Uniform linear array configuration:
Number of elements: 4
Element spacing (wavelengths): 0.75
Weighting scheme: cosine
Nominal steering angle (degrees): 0
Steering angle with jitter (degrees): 0.2587
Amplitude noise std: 0.05
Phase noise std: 0.05

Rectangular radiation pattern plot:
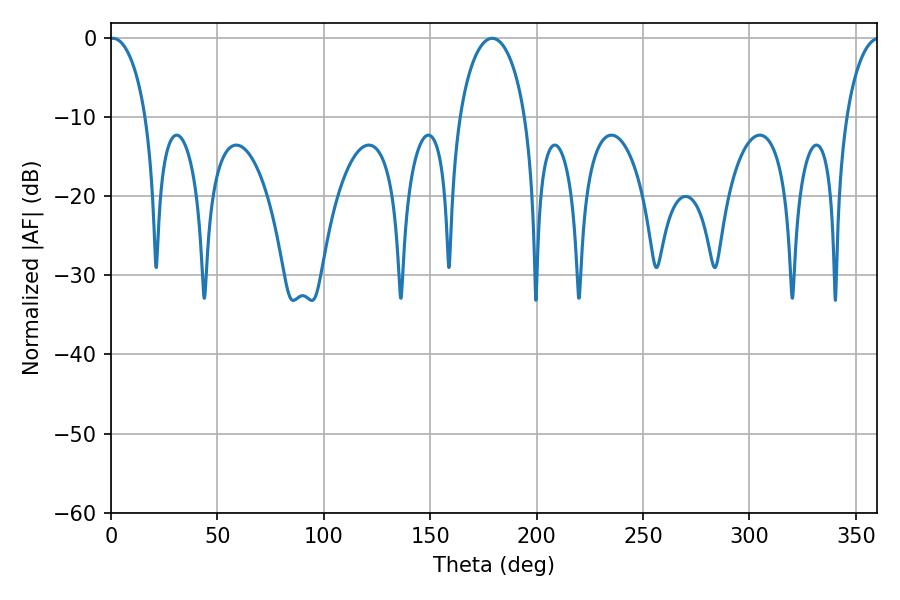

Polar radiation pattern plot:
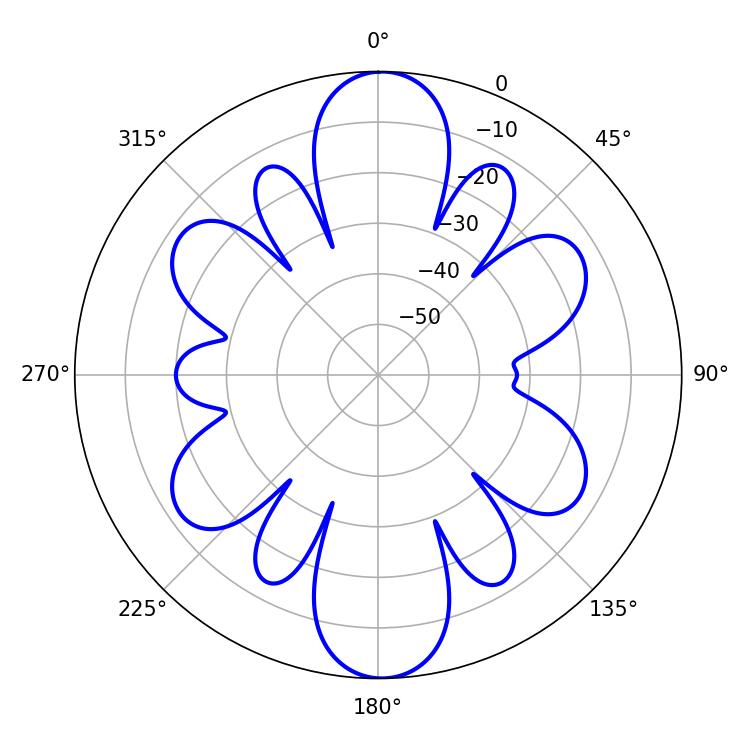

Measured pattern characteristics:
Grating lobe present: TRUE
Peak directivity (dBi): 25.073
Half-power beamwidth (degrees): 9.72
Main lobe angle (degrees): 0.9